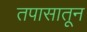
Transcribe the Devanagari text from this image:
तपासातून